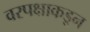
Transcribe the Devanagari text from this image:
वरपक्षाकडून